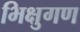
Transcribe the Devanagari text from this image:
भिक्षुगण